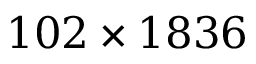
1 0 2 \times 1 8 3 6